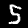
Digit: 5